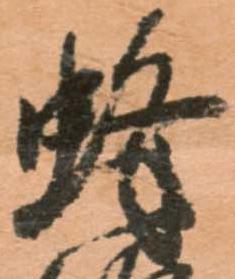
蜂